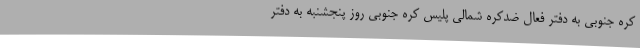
کره جنوبی به دفتر فعال ضدکره شمالی پلیس کره جنوبی روز پنجشنبه به دفتر